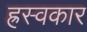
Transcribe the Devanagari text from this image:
ह्रस्वकार